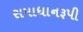
સમાધાનરૂપી